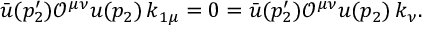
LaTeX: \bar { u } ( p _ { 2 } ^ { \prime } ) \mathcal { O } ^ { \mu \nu } u ( p _ { 2 } ) \, k _ { 1 \mu } = 0 = \bar { u } ( p _ { 2 } ^ { \prime } ) \mathcal { O } ^ { \mu \nu } u ( p _ { 2 } ) \, k _ { \nu } .